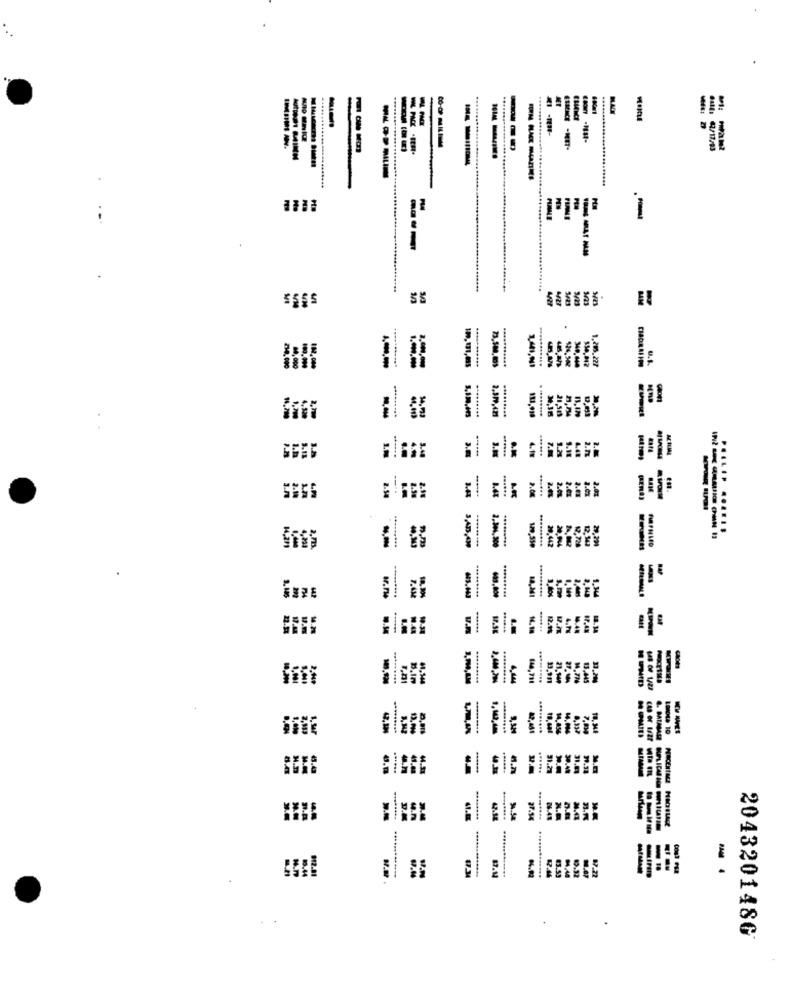
BLACK
-
4/17/93
---
........
1.205.227
-
73.500.005
1.401,941
.........
111.018
21.515
:
----
4.11
1.24
1.19
3555
......
2.0g
2. 54
3.44
1.44
2.00
---
...... ......
.........
12.342
29,291
2.304,300
3.442
2.MZ
12.728
=
....
......
4.PM
18.34
-
140,791
.........
21.140
27.144
14.776
13.445
14.856
W'LE
44.53
......
91.27
39.40
N.D
........
27.54
N.R.
N.AT
N4.92
87.14
83.53
89.32
87.72
204320148G